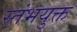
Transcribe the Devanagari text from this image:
स्तंभयुक्त